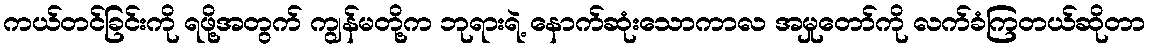
ကယ်တင်ခြင်းကို ရဖို့အတွက် ကျွန်မတို့က ဘုရားရဲ့ နောက်ဆုံးသောကာလ အမှုတော်ကို လက်ခံကြတယ်ဆိုတာ